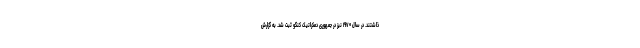
ذاشتند. در سال ۱۹۷۰ نیز در جمهوری دمکراتیک کنگو ثبت شد. به گزارش